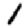
Digit: 1